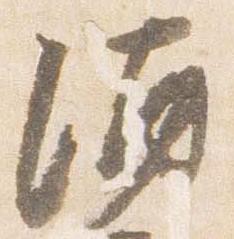
酒